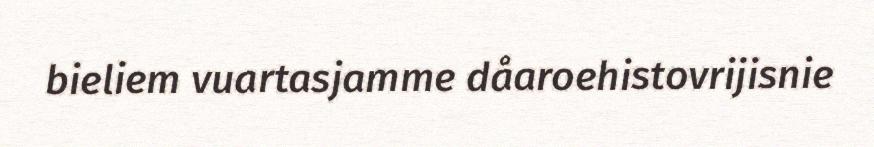
bieliem vuartasjamme dåaroehistovrijisnie